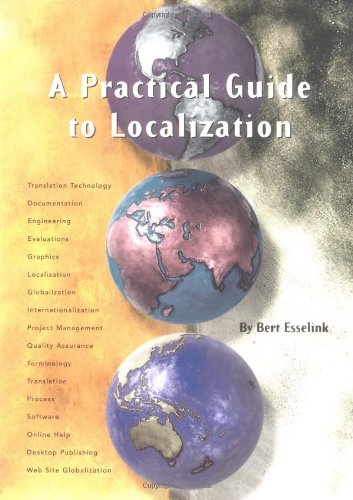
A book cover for A Practical Guide to Localization (Language International World Directory); Bert Esselink; Reference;